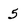
Character: 5